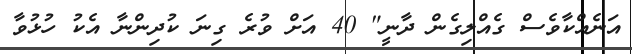
އަނެއްކާވެސް ގެއްލިގެން ދާނީ" 40 އަށް ވުރެ ގިނަ ކުދިންނާ އެކު ހުޅުވާ